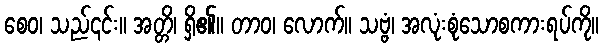
စေဝ၊ သည်၎င်း။ အတ္တိ၊ ရှိ၏။ တာဝ၊ လောက်။ သဗ္ဗံ၊ အလုံးစုံသောစကားရပ်ကို။